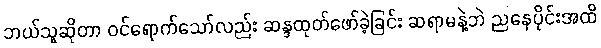
ဘယ်သူဆိုတာ ဝင်ရောက်သော်လည်း ဆန္ဒထုတ်ဖော်ခဲ့ခြင်း ဆရာမနဲ့ဘဲ ညနေပိုင်းအထိ